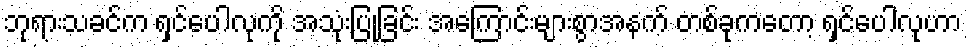
ဘုရားသခင်က ရှင်ပေါလုကို အသုံးပြုခြင်း အကြောင်းများစွာအနက် တစ်ခုကတော့ ရှင်ပေါလုဟာ